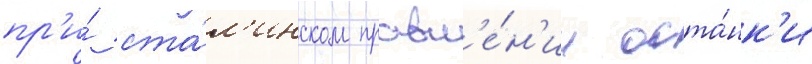
пр'и́ ста́л'инском правл'е́н'ии оста́нк'и